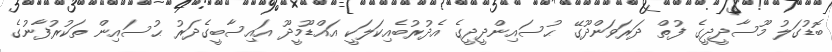
ބޮޑުގަލު މޫސާދީދީގެ ފުތް ދަރަވަންދޫގޭ ޙުސައިންދީދީގެ އެދުރުބެއިކަލަކީ އައްޑޫމީދޫ އައިސާބީގެދަރު ޙުސައިން ތަކުރުފާނުގެ